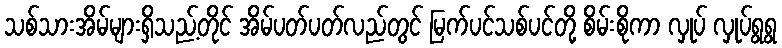
သစ်သားအိမ်များရှိသည့်တိုင် အိမ်ပတ်ပတ်လည်တွင် မြက်ပင်သစ်ပင်တို့ စိမ်းစိုကာ လှုပ် လှုပ်ရွရွ